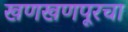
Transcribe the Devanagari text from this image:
खणखणपूरचा